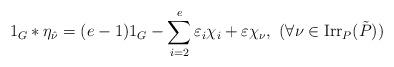
LaTeX: \begin{align*}1_{{G}} * \eta_{\hat{\nu}} = (e - 1)1_{{G}} - \sum_{i = 2}^{e}\varepsilon_i {\chi}_i + \varepsilon {\chi}_{\nu}, \ (\forall \nu \in {\rm Irr}_P(\tilde{P}))\end{align*}